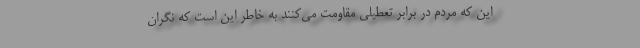
این که مردم در برابر تعطیلی مقاومت می‌کنند به خاطر این است که نگران